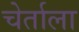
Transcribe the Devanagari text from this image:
चेर्ताला